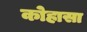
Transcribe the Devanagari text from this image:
कोहासा